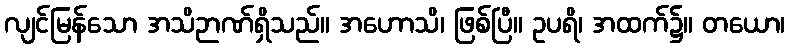
လျင်မြန်သော အသိဉာဏ်ရှိသည်။ အဟောသိ၊ ဖြစ်ပြီ။ ဥပရိ၊ အထက်၌။ တယော၊